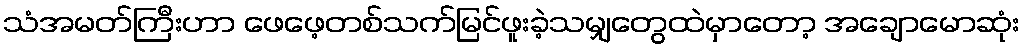
သံအမတ်ကြီးဟာ ဖေဖေ့တစ်သက်မြင်ဖူးခဲ့သမျှတွေထဲမှာတော့ အချောမောဆုံး